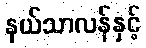
နယ်သာလန်နှင့်